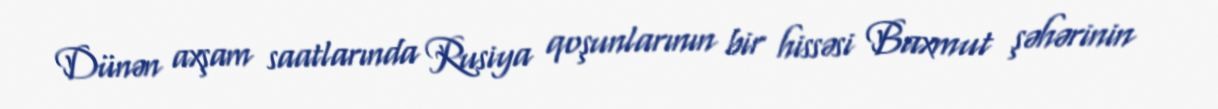
Dünən axşam saatlarında Rusiya qoşunlarının bir hissəsi Baxmut şəhərinin